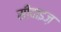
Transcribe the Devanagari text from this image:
सीवाइज़